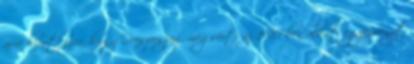
arra hivatkozva, hogy Oroszország megsérti az 1987-ben aláírt egyezményt